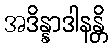
အဒိန္နာဒါနန္တိ